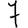
Digit: 7